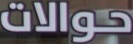
حوالات